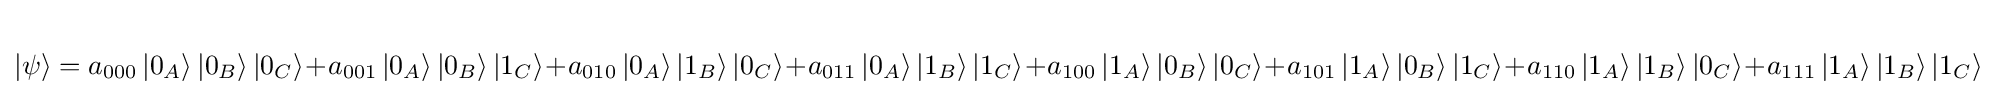
|\psi \rangle =a_{000}\left|0_{A}\right\rangle \left|0_{B}\right\rangle \left|0_{C}\right\rangle +a_{001}\left|0_{A}\right\rangle \left|0_{B}\right\rangle \left|1_{C}\right\rangle +a_{010}\left|0_{A}\right\rangle \left|1_{B}\right\rangle \left|0_{C}\right\rangle +a_{011}\left|0_{A}\right\rangle \left|1_{B}\right\rangle \left|1_{C}\right\rangle +a_{100}\left|1_{A}\right\rangle \left|0_{B}\right\rangle \left|0_{C}\right\rangle +a_{101}\left|1_{A}\right\rangle \left|0_{B}\right\rangle \left|1_{C}\right\rangle +a_{110}\left|1_{A}\right\rangle \left|1_{B}\right\rangle \left|0_{C}\right\rangle +a_{111}\left|1_{A}\right\rangle \left|1_{B}\right\rangle \left|1_{C}\right\rangle